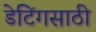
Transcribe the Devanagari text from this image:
डेटिंगसाठी